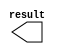
module n_pix_frame_3 (
	result);

	output	[19:0]  result;

endmodule